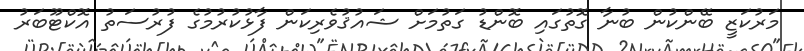
މަރުކަޒީ ބޭންކުން ބުނާ ގޮތުގައި ބޮންޑު ގަތުމަށް ޝައުޤުވެރިކަން ފާޅުކުރުމުގެ ފުރުސަތު އޮކްޓޫބަރު